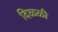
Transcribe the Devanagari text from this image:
दिळ्ळी